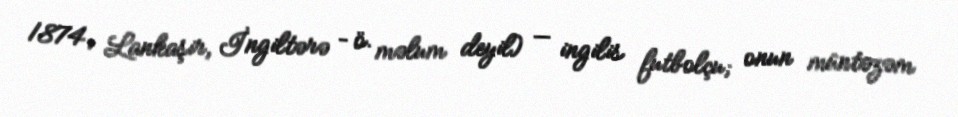
1874, Lankaşir, İngiltərə – ö. məlum deyil) — ingilis futbolçu; onun müntəzəm